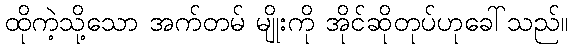
ထိုကဲ့သို့သော အက်တမ် မျိုးကို အိုင်ဆိုတုပ်ဟုခေါ်သည်။